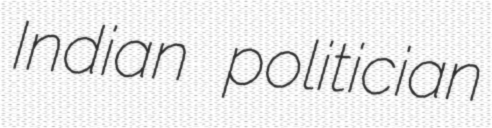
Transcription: Indian politician